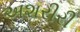
અશરીરી